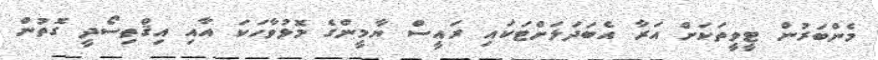
މެންބަރުން ޓީވީތަކަށް އަރާ އެބަދަލަށްޓަކައި ރައީސް ޔާމީންގެ މޮޅުވާހަކަ އާއި އިޤްތިސޯދީ ގޮތުން